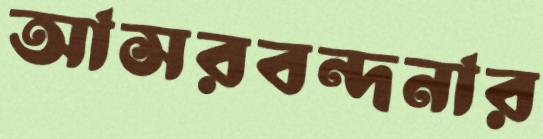
আসরবন্দনার